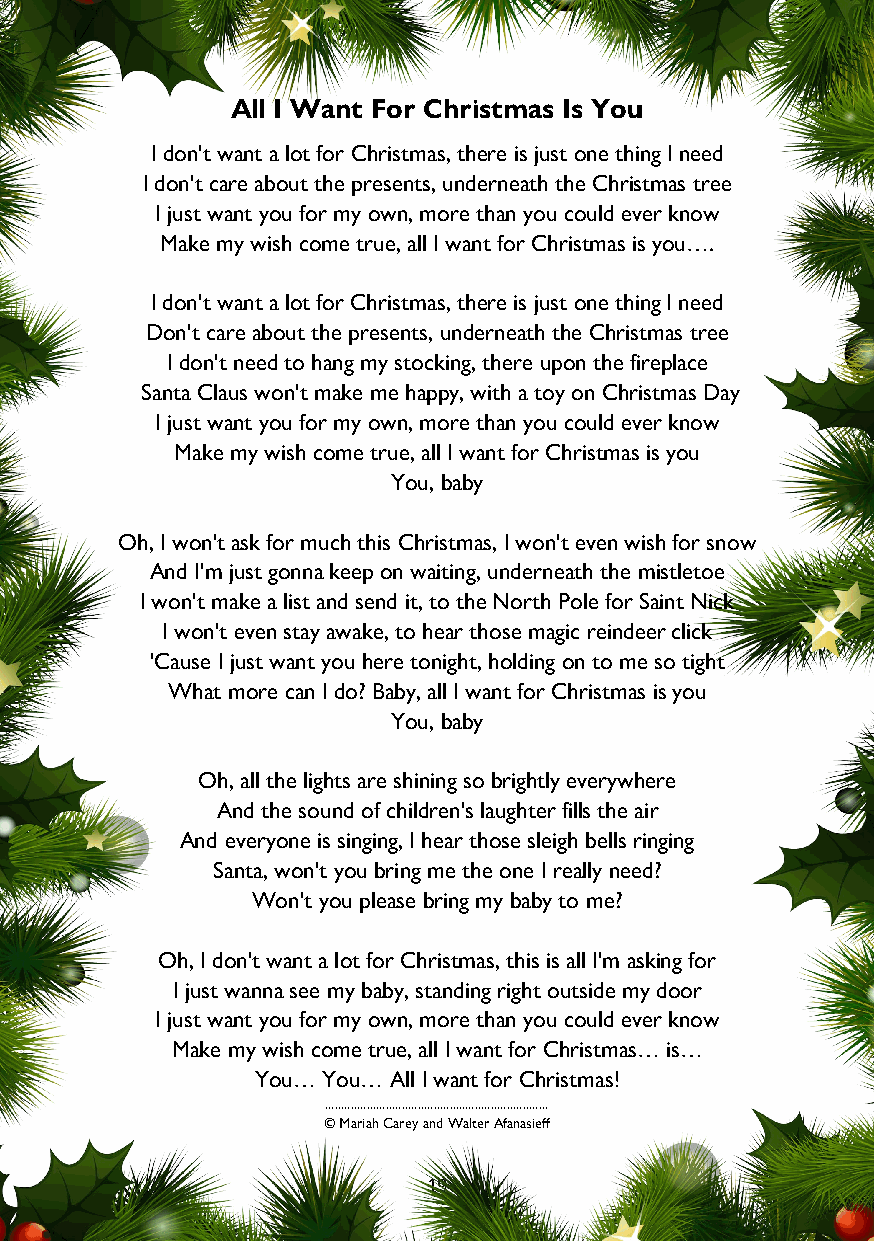
All I Want For Christmas Is You
 I don't want a lot for Christmas, there is just one thing I need
 I don't care about the presents, underneath the Christmas tree
 I just want you for my own, more than you could ever know
 Make my wish come true, all I want for Christmas is you….
 I don't want a lot for Christmas, there is just one thing I need
 Don't care about the presents, underneath the Christmas tree
 I don't need to hang my stocking, there upon the fireplace
 Santa Claus won't make me happy, with a toy on Christmas Day
 I just want you for my own, more than you could ever know
 Make my wish come true, all I want for Christmas is you
 You, baby
 Oh, I won't ask for much this Christmas, I won't even wish for snow
 And I'm just gonna keep on waiting, underneath the mistletoe
 I won't make a list and send it, to the North Pole for Saint Nick
 I won't even stay awake, to hear those magic reindeer click
 'Cause I just want you here tonight, holding on to me so tight
 What more can I do? Baby, all I want for Christmas is you
 You, baby
 Oh, all the lights are shining so brightly everywhere
 And the sound of children's laughter fills the air
 And everyone is singing, I hear those sleigh bells ringing
 Santa, won't you bring me the one I really need?
 Won't you please bring my baby to me?
 Oh, I don't want a lot for Christmas, this is all I'm asking for
 I just wanna see my baby, standing right outside my door
 I just want you for my own, more than you could ever know
 Make my wish come true, all I want for Christmas… is…
 You… You… All I want for Christmas!
 ......................................................................
 © Mariah Carey and Walter Afanasieff
 19